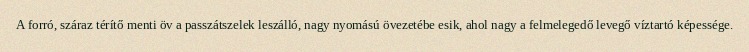
A forró, száraz térítő menti öv a passzátszelek leszálló, nagy nyomású övezetébe esik, ahol nagy a felmelegedő levegő víztartó képessége.